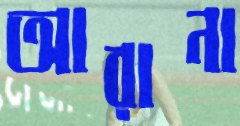
আরানা